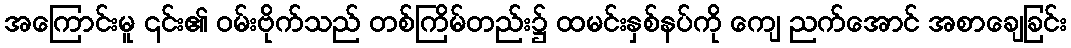
အကြောင်းမူ ၎င်း၏ ဝမ်းဗိုက်သည် တစ်ကြိမ်တည်း၌ ထမင်းနှစ်နပ်ကို ကျေ ညက်အောင် အစာချေခြင်း